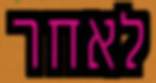
לאחר